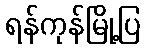
ရန်ကုန်မြို့ပြ